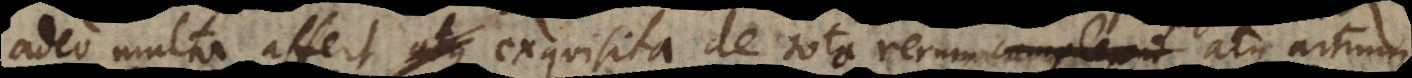
adeo multa affert atque exquisita de toto rerum atque artium